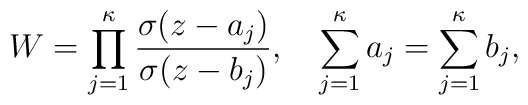
W=\prod_{j=1}^{\kappa} \frac{\sigma(z-a_{j})}{\sigma(z-b_{j})},\quad \sum_{j=1}^{\kappa} a_{j}=\sum_{j=1}^{\kappa} b_{j},